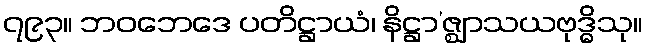
၇၉၃။ ဘဝဘေဒေ ပတိဋ္ဌာယံ၊ နိဋ္ဌာ’ဇ္ဈာသယဗုဒ္ဓိသု။